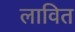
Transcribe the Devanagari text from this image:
लावित